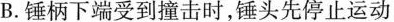
B.锤柄下端受到撞击时，锤头先停止运动